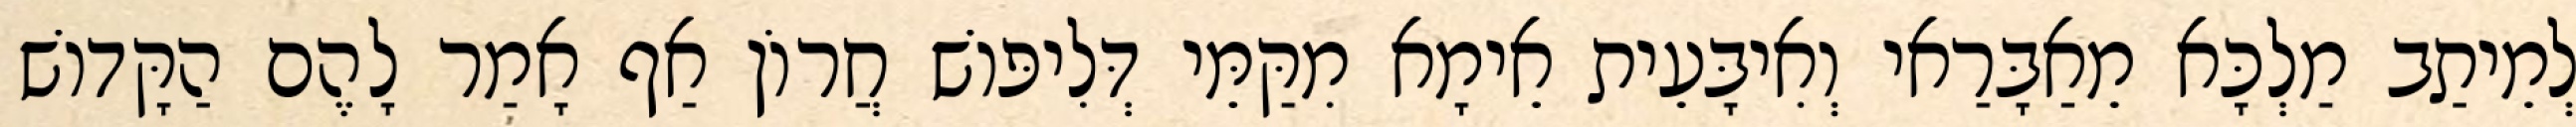
לְמֵיתַב מַלְכָּא מֵאַבָּרַאי וְאִיבָּעֵית אֵימָא מִקַּמֵּי דְּלִיפּוֹשׁ חֲרוֹן אַף אָמַר לָהֶם הַקָּדוֹשׁ